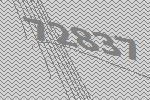
72837